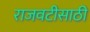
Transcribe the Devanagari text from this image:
राजवटीसाठी